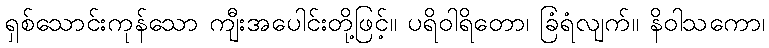
ရှစ်သောင်းကုန်သော ကျီးအပေါင်းတို့ဖြင့်။ ပရိဝါရိတော၊ ခြံရံလျက်။ နိဝါသကော၊